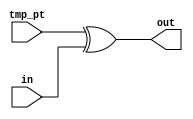
`timescale 1ns / 1ps
//////////////////////////////////////////////////////////////////////////////////
// Company: 
// Engineer: 
// 
// Design Name: 
// Module Name: Exor
// Project Name: 
// Target Devices: 
// Tool Versions: 
// Description: 
// 
// Dependencies: 
// 
// Revision:
// Revision 0.01 - File Created
// Additional Comments:
// 
//////////////////////////////////////////////////////////////////////////////////


module Exor(tmp_pt,in,out);
input [0:127]tmp_pt,in;
output  [0:127] out;
assign out=tmp_pt^in;


/*
module Exor(i,tmp_pt,iv,tmp_ct,out);
input [31:0]i;
input [0:127]tmp_pt,iv,tmp_ct;
output reg [0:127] out;

always@*
begin
if(i==0) out=tmp_pt^iv;
else out=tmp_pt^tmp_ct;
end
*/





















endmodule